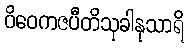
ဝိဝေကဇပီတိသုခါနုသာရိ